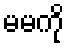
မမကို